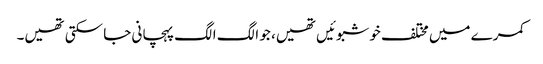
کمرے میں مختلف خوشبوئیں تھیں، جو الگ الگ پہچانی جا سکتی تھیں۔